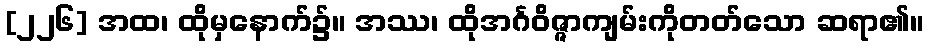
[၂၂၆] အထ၊ ထိုမှနောက်၌။ အဿ၊ ထိုအင်္ဂဝိဇ္ဇာကျမ်းကိုတတ်သော ဆရာ၏။